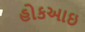
હોકઆઇ